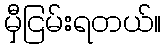
မှီငြမ်းရတယ်။